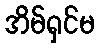
အိမ်ရှင်မ